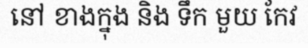
នៅ ខាងក្នុង និង ទឹក មួយ កែវ